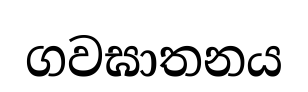
ගවඝාතනය